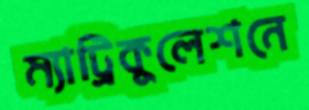
ম্যাট্রিকুলেশনে